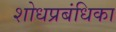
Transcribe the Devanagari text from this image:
शोधप्रबंधिका